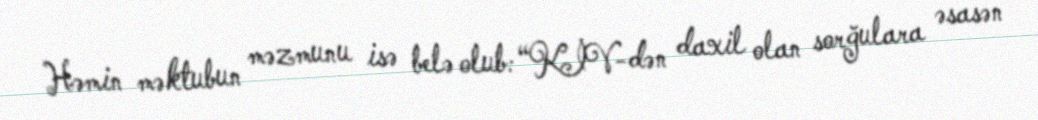
Həmin məktubun məzmunu isə belə olub: “KİV-dən daxil olan sorğulara əsasən